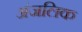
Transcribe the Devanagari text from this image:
अंजलिक